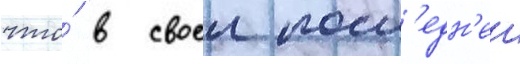
что́ в своеи посл'едн'еи